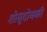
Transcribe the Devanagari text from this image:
शोसुदोव्स्की